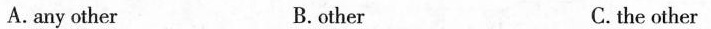
A.any other B.other C. the other